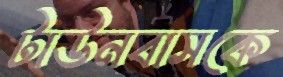
টাউনবাসকে